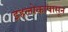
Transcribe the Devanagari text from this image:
इहलोकापासून